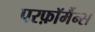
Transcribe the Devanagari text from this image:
परफ़ॉर्मैन्स